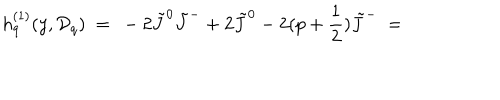
h _ { q } ^ { ( 1 ) } ( y , { \cal D } _ { q } ) \ = \ - 2 \tilde { J } ^ { 0 } \tilde { J } ^ { - } + 2 \tilde { J } ^ { 0 } - 2 ( p + \frac { 1 } { 2 } ) \tilde { J } ^ { - } \ =